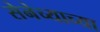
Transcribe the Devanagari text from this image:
सेनेच्याच्या